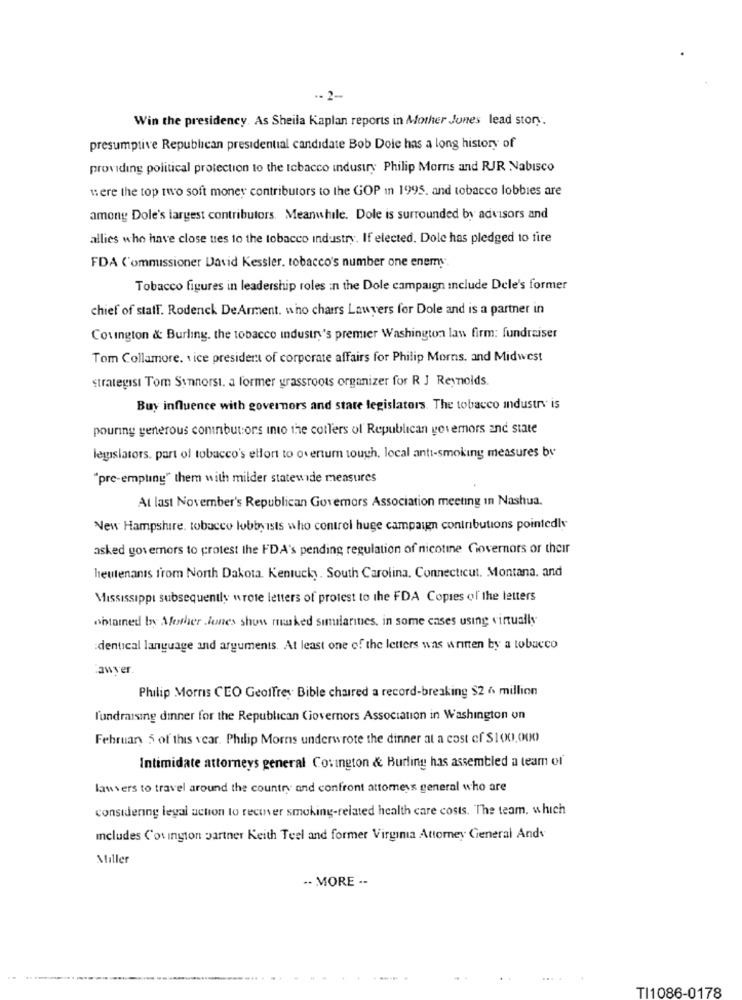
-- 2 --
Win the presidency. As Sheila Kaplan reports in Mother Jones lead story.
presumptive Republican presidential candidate Bob Dole has a long history of
providing political protection to the tobacco industry Philip Morns and RJR Nabisco
were the top two soft money contributors to the GOP in 1995, and tobacco lobbies are
among Dole's largest contributors. Meanwhile. Dole is surrounded by advisors and
allies who have close tres to the tobacco industry. If elected. Dole has pledged to fire
FDA Commissioner David Kessler, tobacco's number one enemy
Tobacco figures in leadership roles in the Dole campaign Include Dele's former
chief of staff. Rodenck DeArment. who chairs Lawyers for Dole and is a partner in
Covington & Burling. the tobacco industry's premier Washington law firm: fundraiser
Tom Collamore. vice president of corporate affairs for Philip Morns. and Midwest
strategist Tom Synnorsi. a former grassroots organizer for R J Reynolds.
Buy influence with governors and state legislators. The tobacco industry is
pouring generous coninbut:ors into the colTers of Republican governors and state
legislators, part of tobacco's effort to overturn tough, local anti-smoking measures by
"pre-empting" them with milder statewide measures
At last November's Republican Governors Association meeting In Nashua.
New Hampshire, tobacco lobbyists who control huge campaign contributions pointedly
asked governors to protest the FDA's pending regulation of nicotine Governors or their
heutenans from North Dakota. Kentucky. South Carolina, Connecticut. Montana, and
Mississippi subsequently wrote letters of protest to the FDA Copies of the letters
obtained by Mother Jones shows masked similarities, in some cases using virtually
:dentical language and arguments. At least one of the letters was written by a tobacco
lawyer.
Philip Morris CEO Geoffrey Bible chaired a record-breaking $2 6 million
fundraising dinner for the Republican Ciovernors Association in Washington on
Februar 5 of this year. Philip Morns underwrote the dinner at a cost of $100,000
Intimidate attorneys general Covington & Burling has assembled a team of
lawyers to travel around the country and confront attorneys general who are
considering legal action to recover smoking-related health care costs. The team, which
includes Cov ington partner Keith Teel and former Virginia Attorney General Andv
Miller
.. MORE --
TI1086-0178